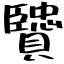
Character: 贒